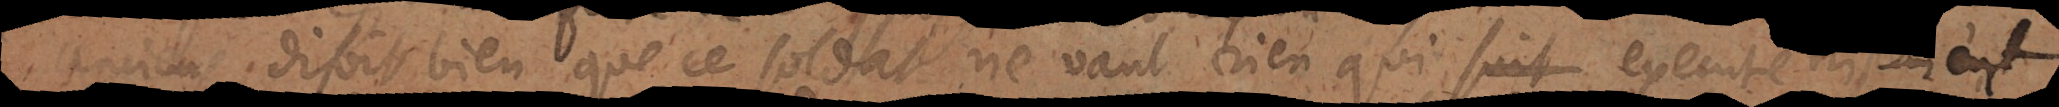
disoit bien que ce soldat ne vaut rien, qui suit son